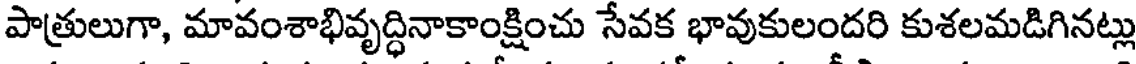
పాత్రులుగా, మావంశాభివృద్ధినాకాంక్షించు సేవక భావుకులందరి కుశలమడిగినట్లు